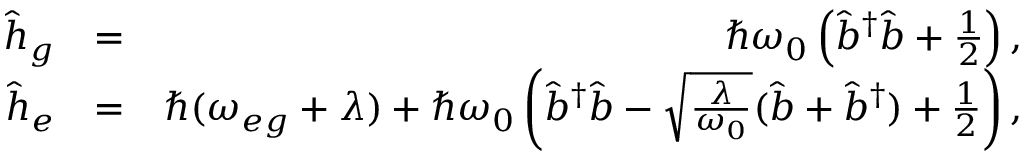
\begin{array} { r l r } { \hat { h } _ { g } } & { = } & { \hbar \omega _ { 0 } \left( \hat { b } ^ { \dagger } \hat { b } + \frac { 1 } { 2 } \right) , } \\ { \hat { h } _ { e } } & { = } & { \hbar ( \omega _ { e g } + \lambda ) + \hbar \omega _ { 0 } \left( \hat { b } ^ { \dagger } \hat { b } - \sqrt { \frac { \lambda } { \omega _ { 0 } } } ( \hat { b } + \hat { b } ^ { \dagger } ) + \frac { 1 } { 2 } \right) , } \end{array}